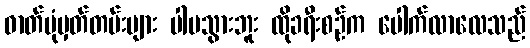
ဓာတ်ပုံမှတ်တမ်းများ ပါမသွားဘူး ထိုခရီးစဉ်က ပေါက်လာလေသည်